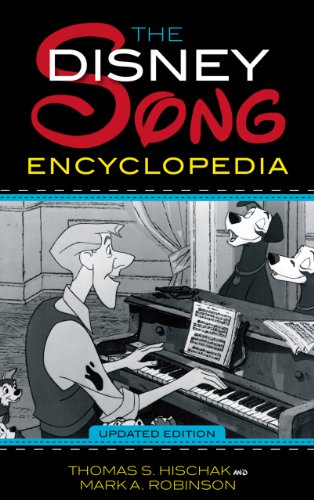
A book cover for The Disney Song Encyclopedia; Thomas S. Hischak; Humor & Entertainment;